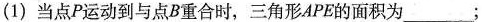
(1)当点P运动到与点B重合时，三角形APE的面积为___；